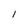
Character: 1